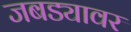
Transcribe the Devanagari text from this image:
जबड्यावर